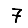
Digit: 7